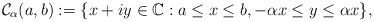
LaTeX: \begin{align*}\mathcal{C}_{\alpha}(a,b) := \lbrace x + iy \in \mathbb{C} : a \leq x \leq b, -\alpha x \leq y \leq \alpha x \rbrace,\end{align*}